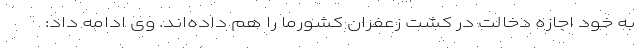
به خود اجازه دخالت در کشت زعفران کشورما را هم داده‌اند. وی ادامه داد: